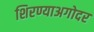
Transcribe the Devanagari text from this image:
शिरण्याअगोदर